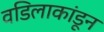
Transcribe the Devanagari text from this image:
वडिलाकांडून